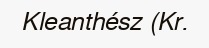
Kleanthész (Kr.